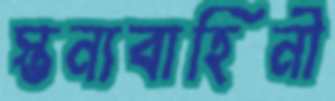
স্তন্যবাহিনী